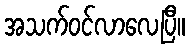
အသက်ဝင်လာလေပြီ။